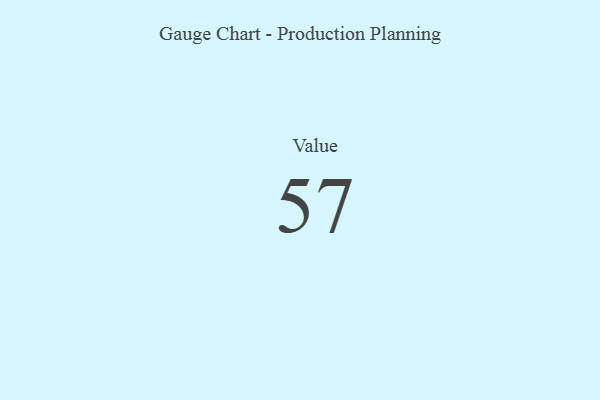
{"axis": {"x": "Metric", "y": "Value"}, "legend": [""], "data": [{"x": "Value", "y": 57, "type": ""}]}